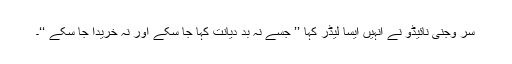
سر وجنی نائیڈو نے انہیں ایسا لیڈر کہا ’’ جسے نہ بد دیانت کہا جا سکے اور نہ خریدا جا سکے ‘‘۔